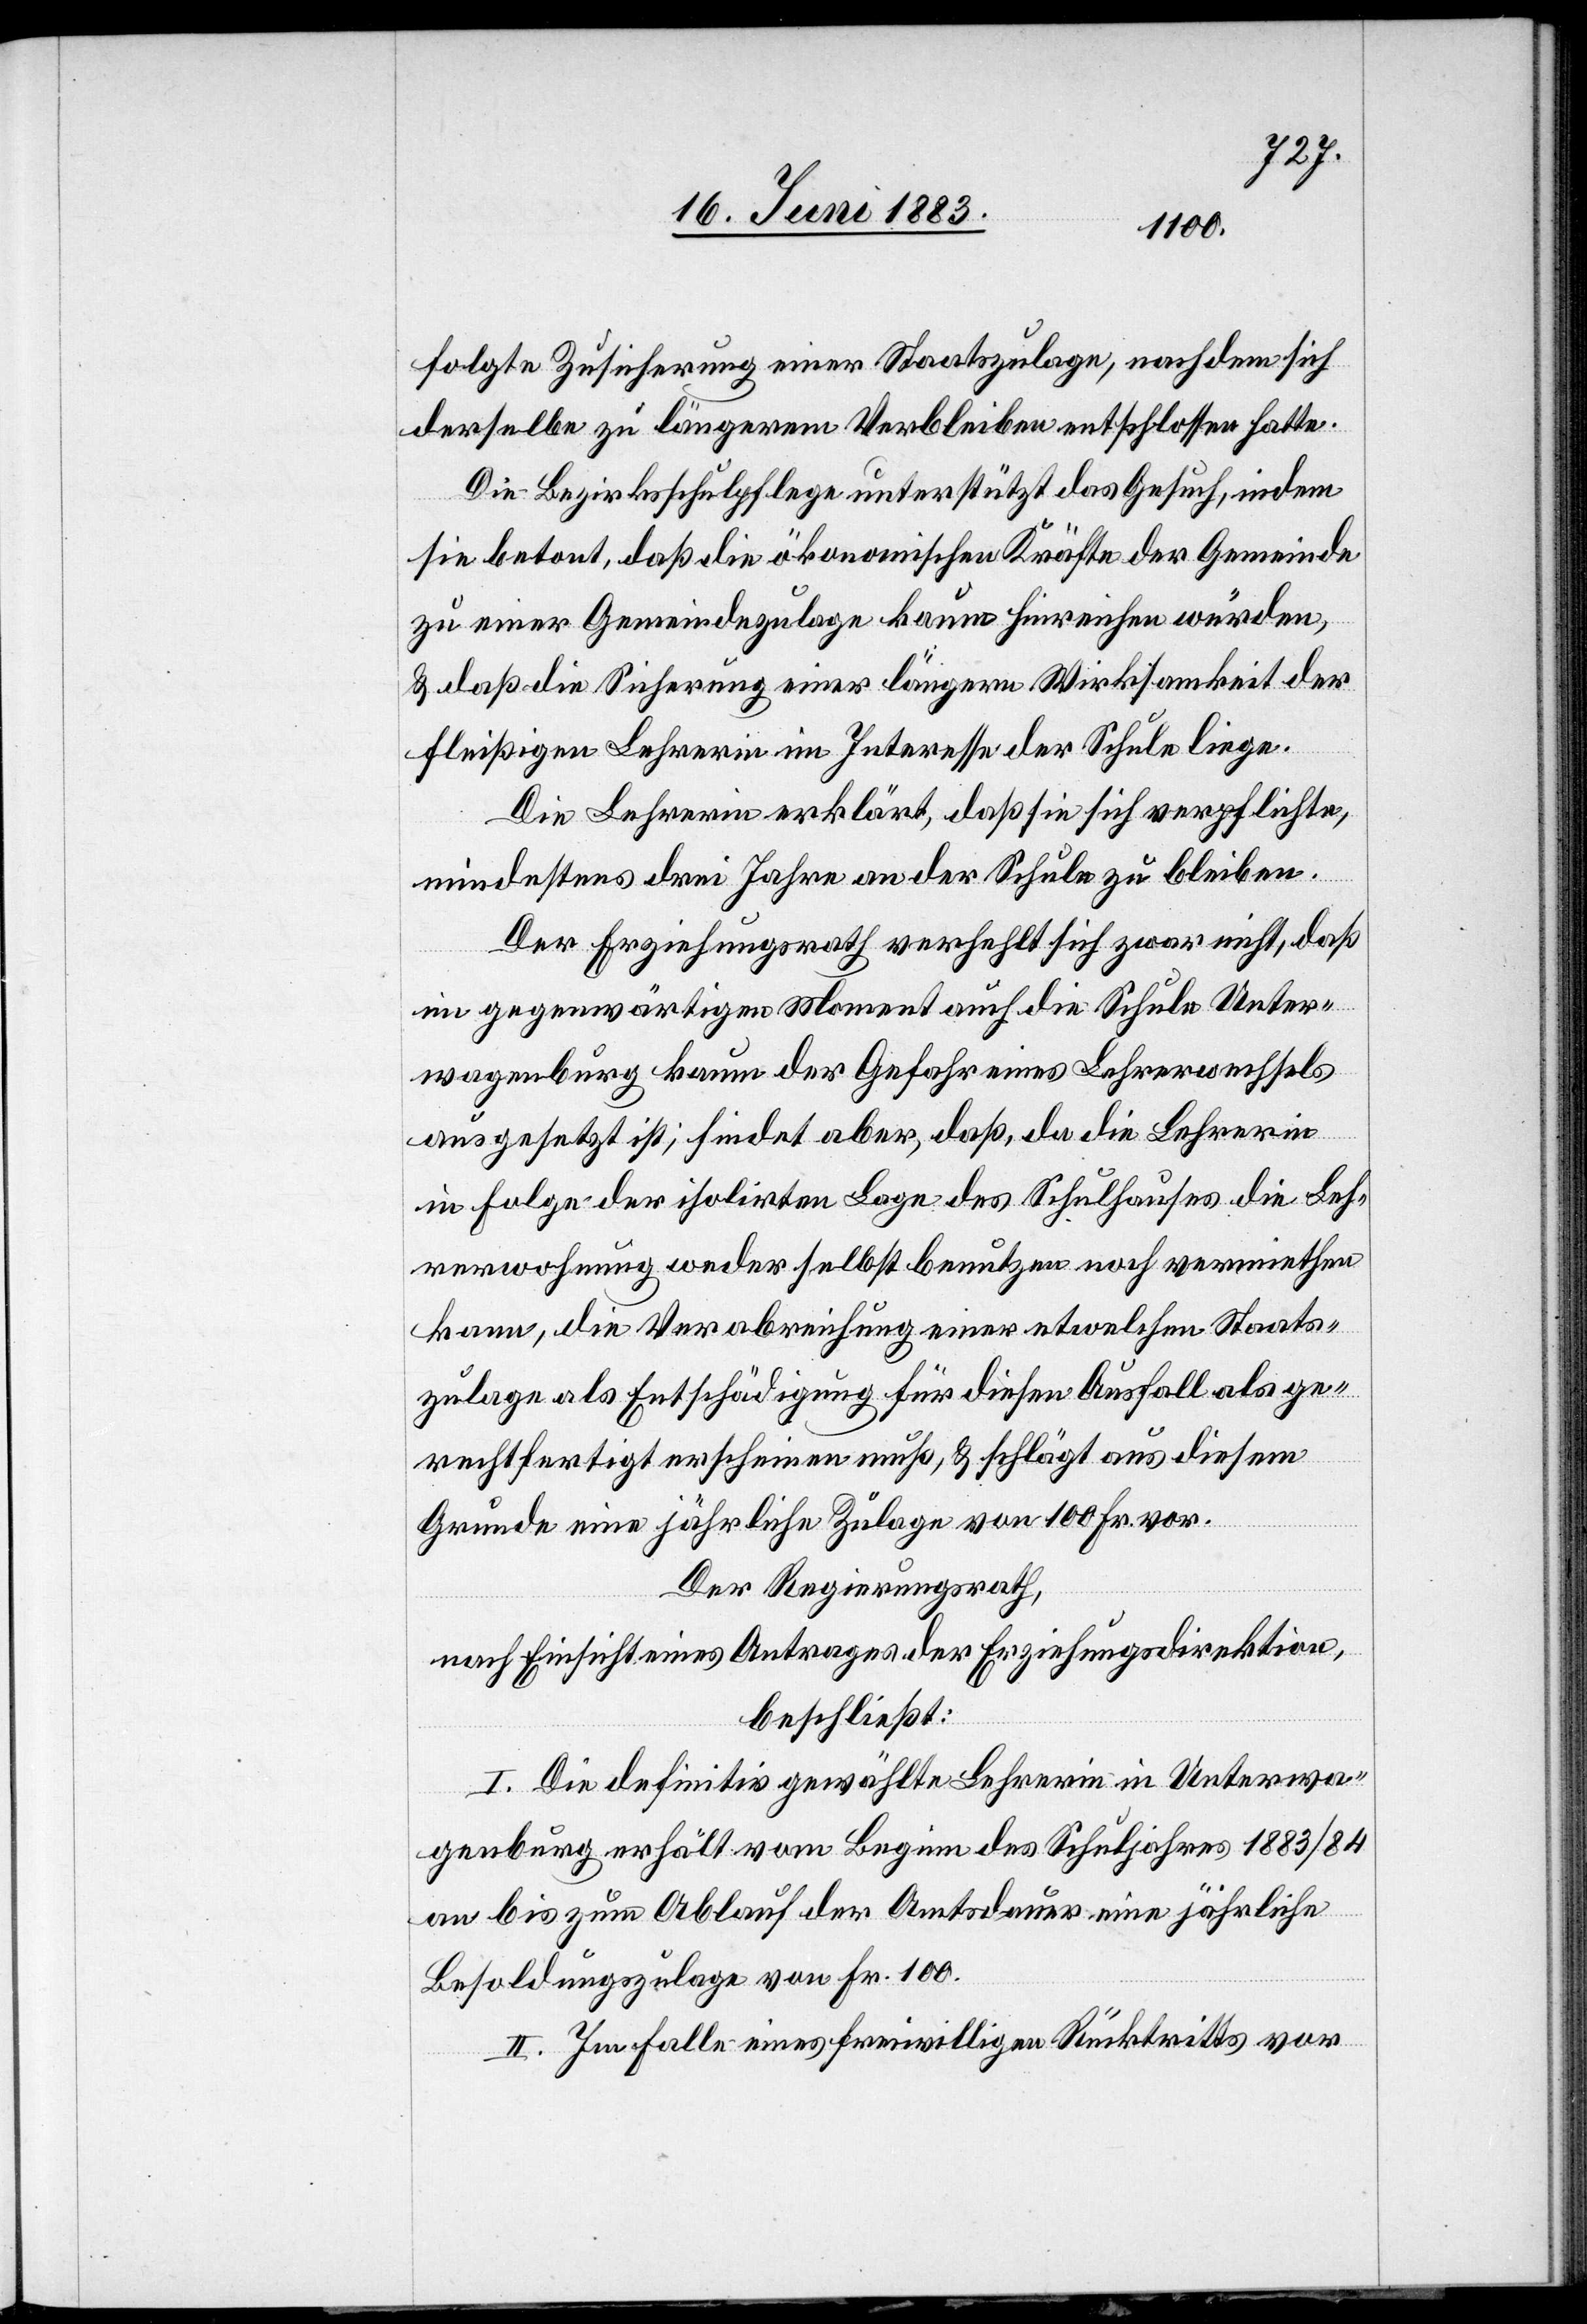
folgte Zusicherung einer Staatszulage, nachdem sich
derselbe zu längerem Verbleiben entschlossen hatte.
Die Bezirksschulfpflege unterstützt das Gesuch, indem
sie betont, daß die ökonomischen Kräfte der Gemeinde
zu einer Gemeindezulage kaum hinreichen würden,
& daß die Sicherung einer längern Wirksamkeit der
fleißigen Lehrerin im Interesse der Schule liege.
Die Lehrerin erklärt, daß sie sich verpflichte,
mindestens drei Jahre an der Schule zu bleiben.
Der Erziehungsrath verhelt sich zwar nicht, daß
im gegenwärtigen Moment auch die Schule Unter¬
wagenburg kaum der Gefahr eines Lehrerwechsels
ausgesetzt ist; findet aber, daß, da die Lehrerin
in Folge der isolirten Lage des Schulhauses die Leh¬
rerwohnung weder selbst benutzen noch vermiethen
kann, die Verabreichung einer etwelchen Staats¬
zulage als Entschädigung für diesen Ausfall als ge¬
rechtfertigt erscheinen muß & schlägt aus diesem
Grunde eine jährliche Zulage von 100 Fr. vor.
Der Regierungsrath,
nach Einsicht eines Antrages der Erziehungsdirektion,
beschließt:
I. Die definitiv gewählte Lehrerin in Unterwa¬
genburg erhält vom Beginn des Schuljahres 1883/84
an bis zum Ablauf der Amtsdauer eine jährliche
Besoldungszulage von Fr. 100.
II. Im Falle eines freiwilligen Rücktritts vor